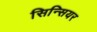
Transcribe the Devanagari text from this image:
सिन्सियर